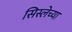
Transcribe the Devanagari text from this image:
सिस्लेच्या